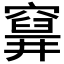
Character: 𥨗